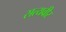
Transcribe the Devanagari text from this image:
सत्यवीर